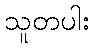
သူတပါး